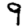
Digit: 9